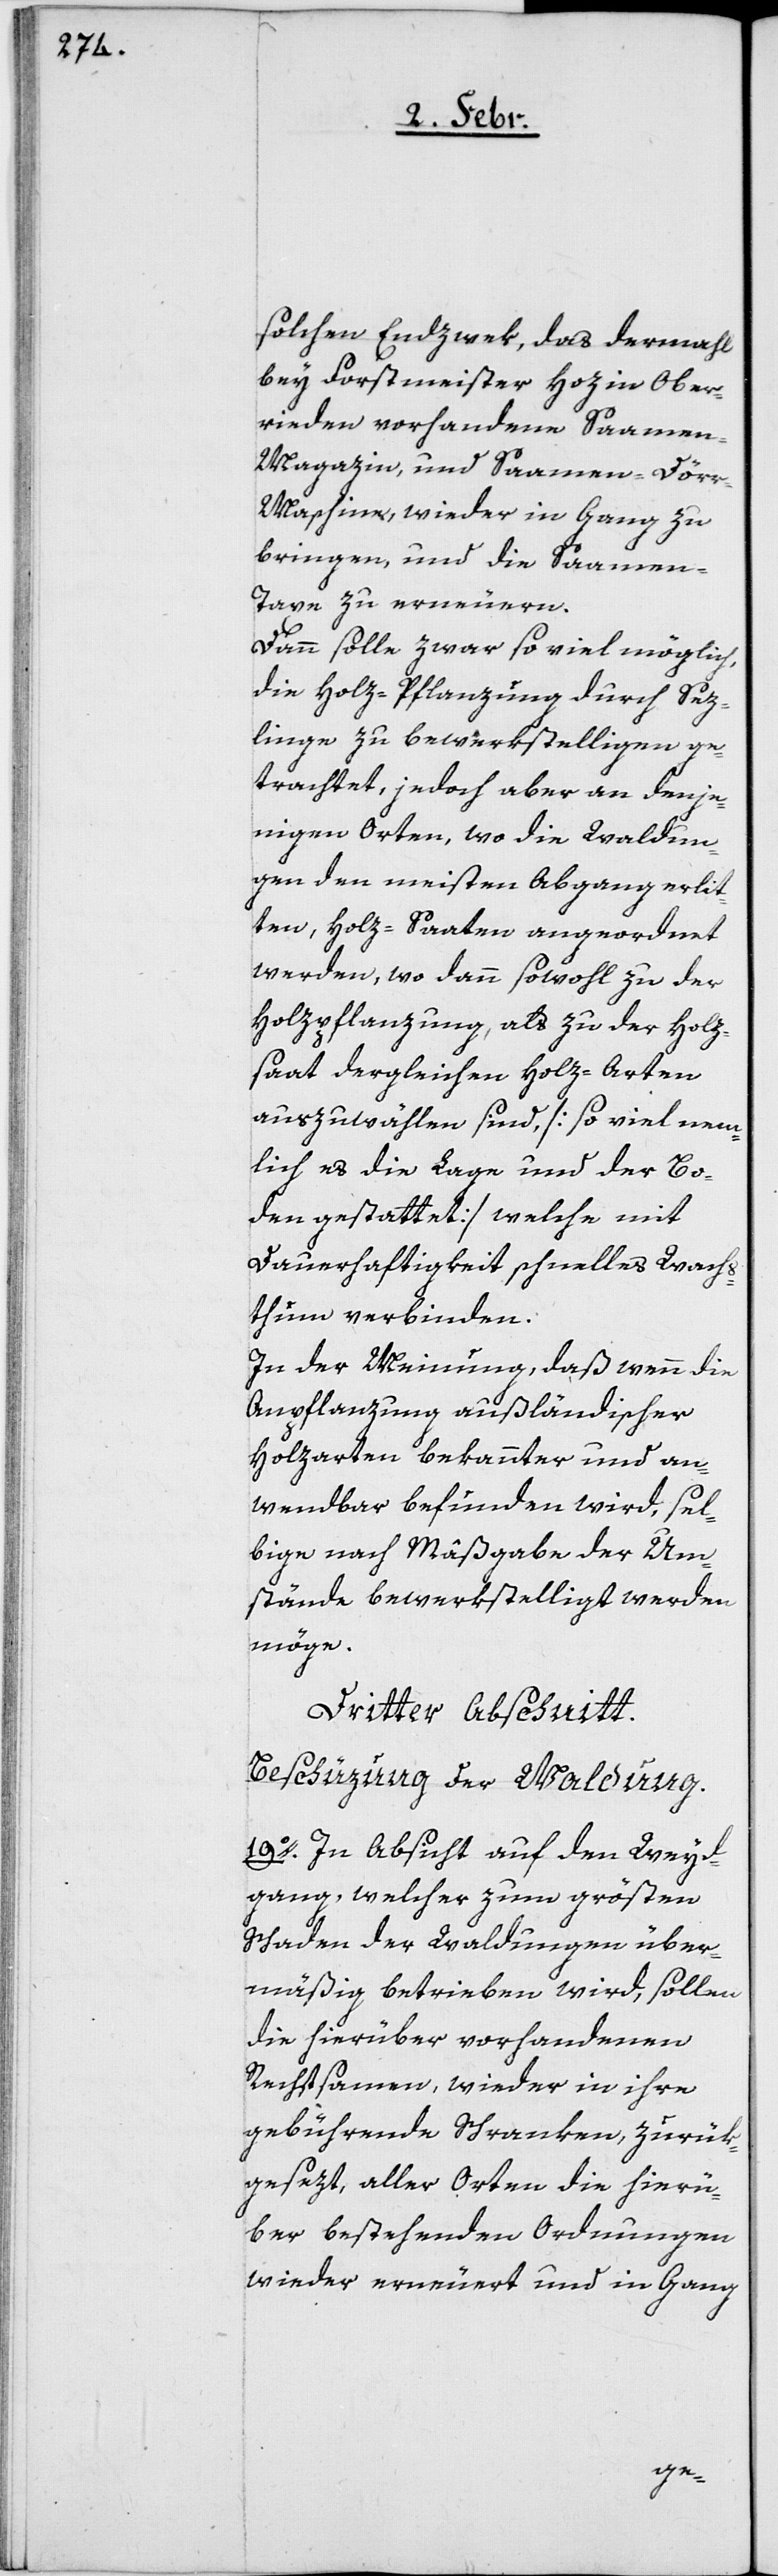
solchen Endzwek, das dermahl
bey Forstmeister Hoz in Ober¬
rieden vorhandene Saamen-M¬
agazin, und Saamen-Dör¬
r-Maschine, wieder in Gang zu
bringen, und die Saamen-T¬
axe zu erneuern.
Dann solle zwar so viel möglich,
die Holz-Pflanzung durch Sez¬
linge zu bewerkstelligen ge¬
trachtet, jedoch aber an denje¬
nigen Orten, wo die Waldun¬
gen den meisten Abgang erlit¬
ten, Holz-Saaten angeordnet
werden, wo dann sowohl zu der
Holzpflanzung, als zu der Holz¬
saat dergleichen Holz-Arten
auszuwählen sind, [so viel näm¬
lich es die Lage und der Bo¬
den gestattet] welche mit
Dauerhaftigkeit schnelles Wachs¬
thum verbinden.
In der Meinung, daß wenn die
Anpflanzung ausländischer
Holzarten bekannter und an¬
wendbar befunden wird, sel¬
bige nach Maßgabe der Um¬
stände bewerkstelligt werden
möge.
Dritter Abschnitt.
Beschüzung der Waldung.
19o. In Absicht auf den Weyd¬
gang, welcher zum größten
Schaden der Waldungen über¬
mäßig betrieben wird, sollen
die hierüber vorhandenen
Rechtsamen wieder in ihre
gebührenden Schranken, zurük¬
gesezt, aller Orten die hierü¬
ber bestehenden Ordnungen
wieder erneuert und in Gang